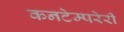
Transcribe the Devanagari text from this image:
कनटेम्परेरी